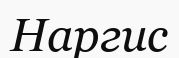
Наргис